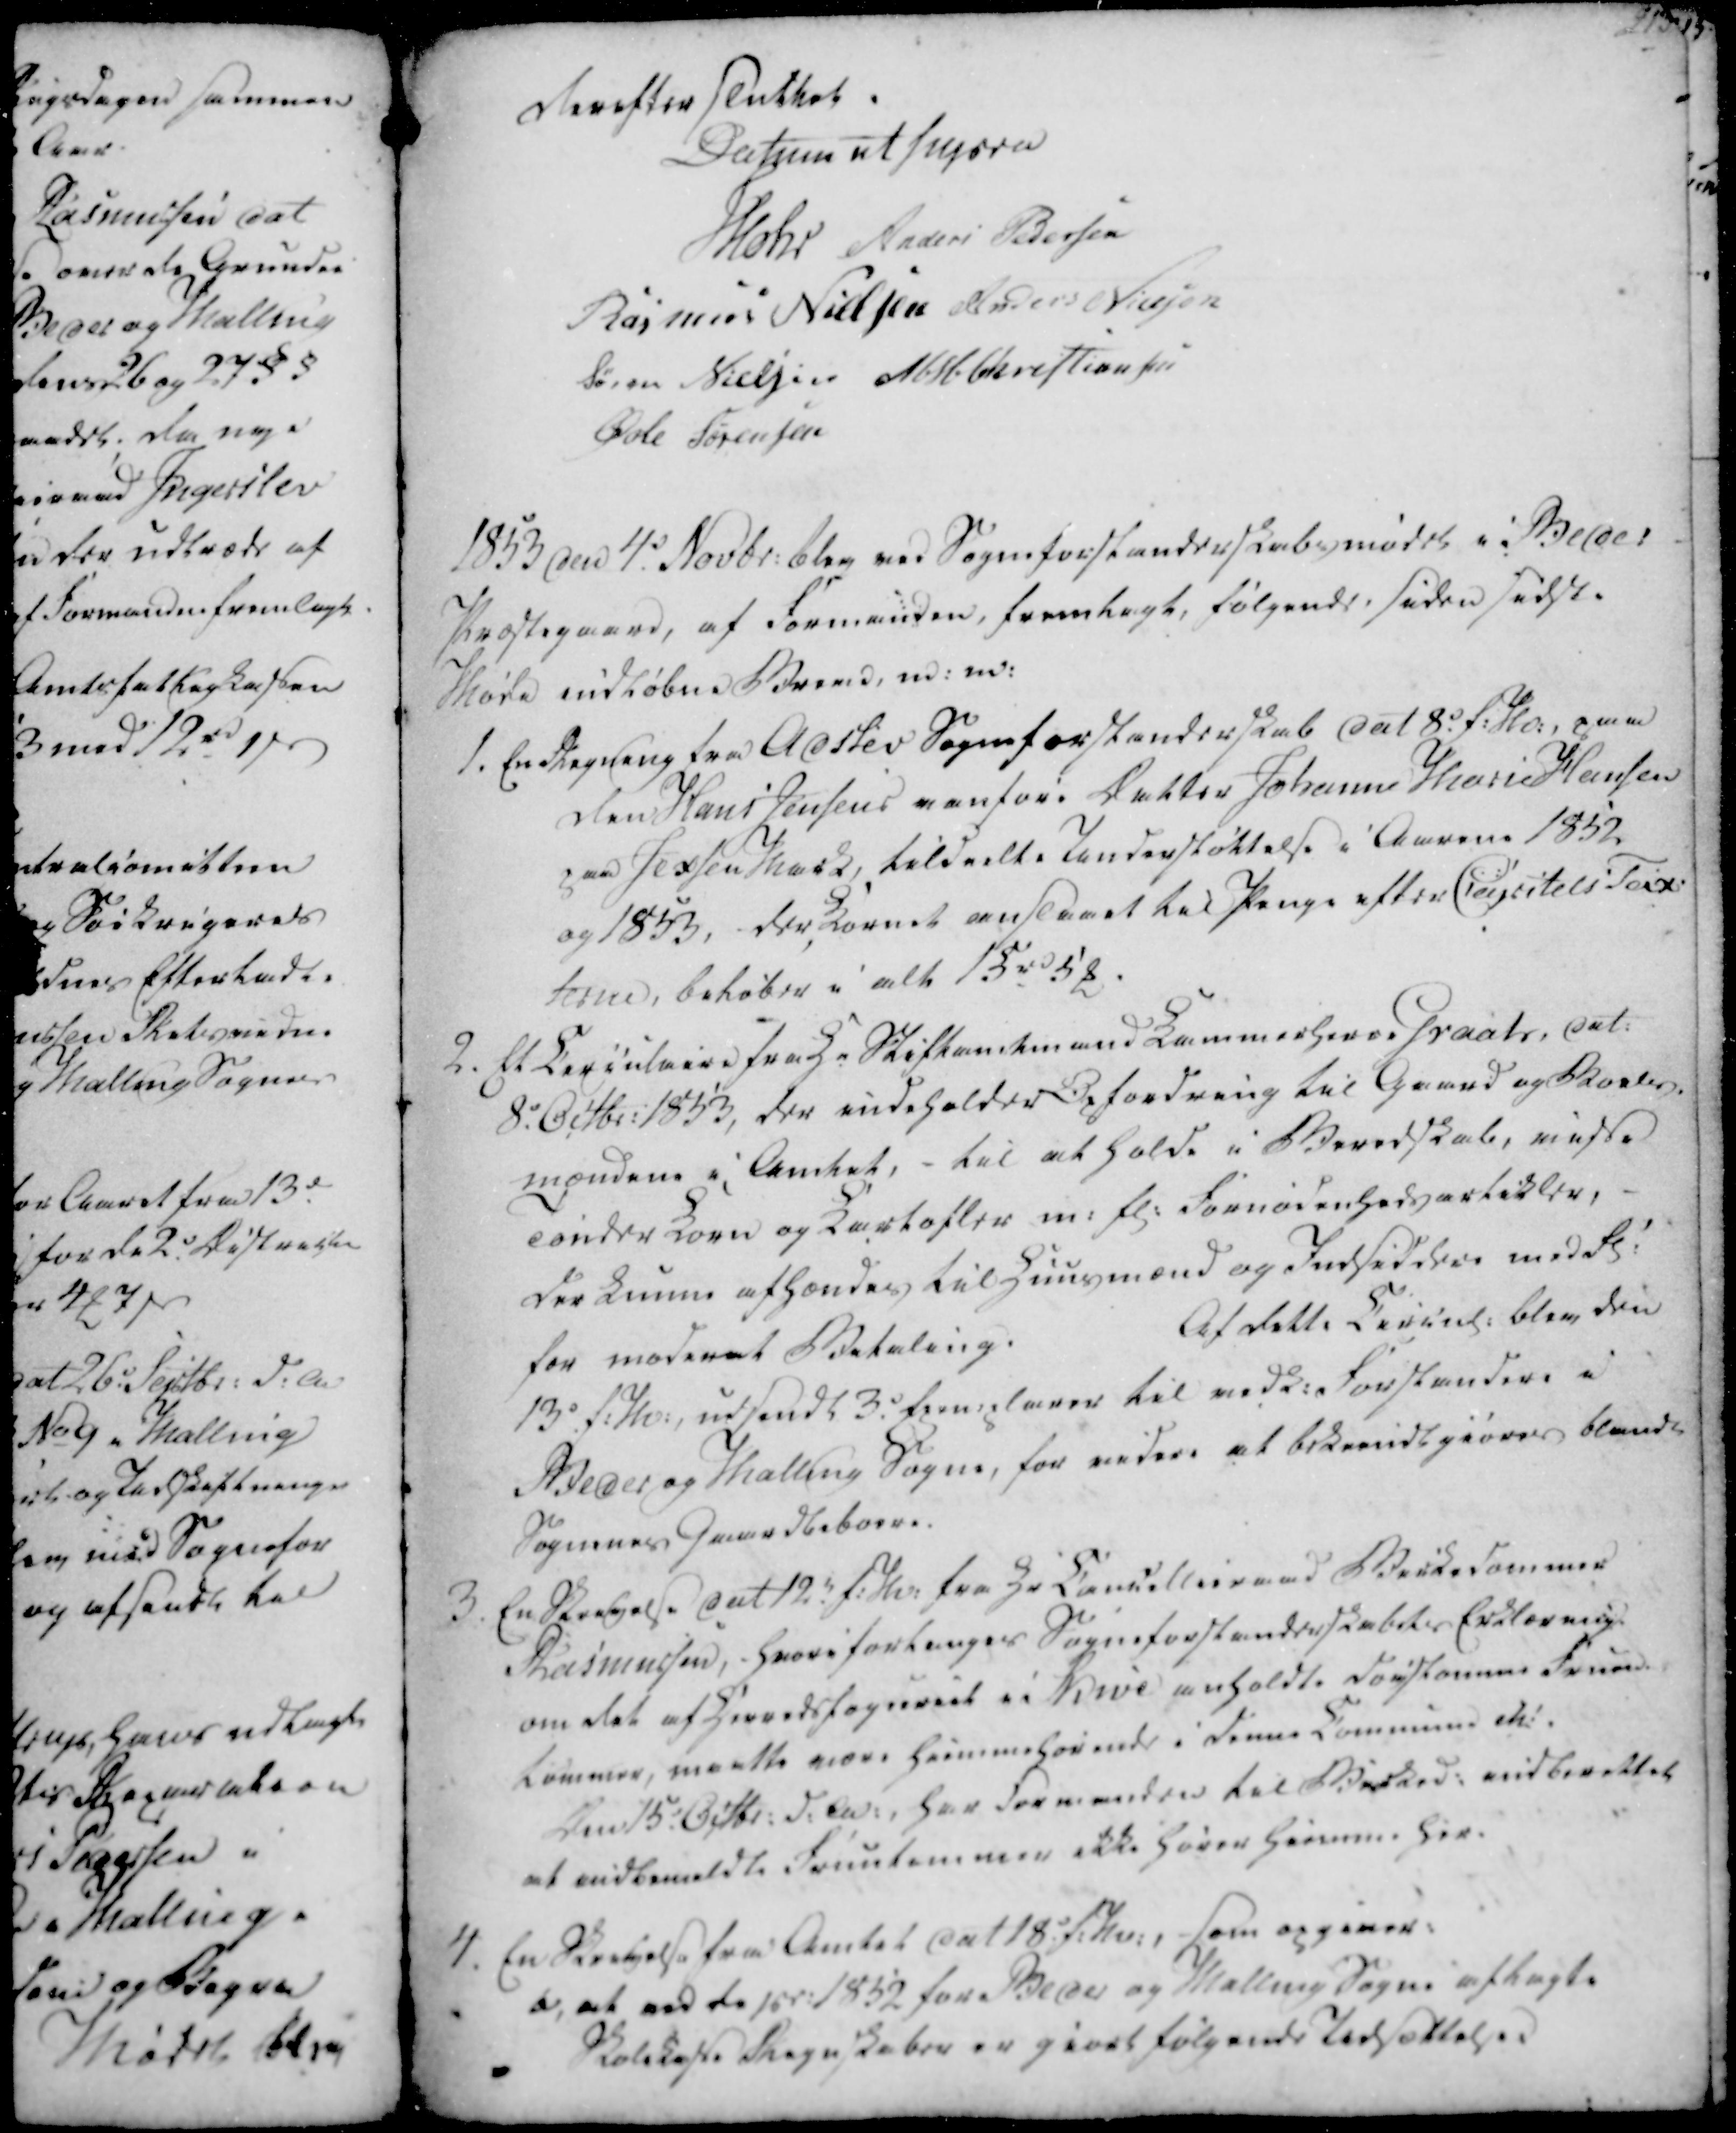
Transskription:
derefter sluttet.
Datum ut supra
Mohr
Anders Pedersen
Rasmus Nielsen
Anders Nielsen
Søren Nielsen
M. H. Christiansen
Øvle Sørensen

1853 den 4.d Novbr. blev ved Sogneforstanderskabsmødet i Beder
Præstegaard, af Formanden, fremlagt, følgende, siden sidste
Møde indløbne Breve, m. m.

1. En Regning fra Adslev Sogneforstanderskab dat 8.d f.M., paa
den Hans Jensens vanføre Datter Johanne Hans Hansen
paa Jexen Mark, tildeelte Understøttelse i Aarene 1852
og 1853, der Kornet anslaaet til Penge efter Capitals Tax-
terne, beløber i alt 15 rd 5 ₻.
2. Et Circulaire fra Hr Stiftamtmand Kammerherre Graats, dat.
8.e Octbr. 1853, der indeholder Opfordring til Gaard og Boels-
mændene i Amtet, - til at holde i Beredskab, visse
Tønder Korn og Kartofler m. fl. Fornødenhedsartikler, -
der kunne afhændes til Huusmænd og Indsiddere med Fl.
for moderat Betaling.
Af dette Circul. blev den
13d. f.M., udsendt 3.d Exemplarer til vedk. Forstandere i
Beder og Malling Sogne, for videre at bekiendtgiøres blandt
Sognenes Gaardbeboere.

3. En Skrivelse dat 12.t f.M. fra Hr Cancellieraad Birkedommer
Rasmussen, - hvori forlanges Sogneforstanderskabets Erklæring
om det af Herredsfogdernes i Skive anholdte døvstomme Fruen-
timmer, maatte være Hiemmehørende i denne Commune Mi.
Den 15d. Octbr. d.A., har Formanden til Birked. indberettet
at indbemeldte Fruetimmer ikke hører hiemme her.
4. En Skrivelse fra Amtet dat 18.d f.M., - som opgaver:
a, at ved de pr. 1852 for Beder og Malling Sogne aflagte
Skolekasse Regnskaber er giort følgende Udsættelser